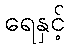
ရေနှင့်